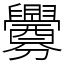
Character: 釁